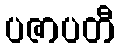
ပဇာပတီ